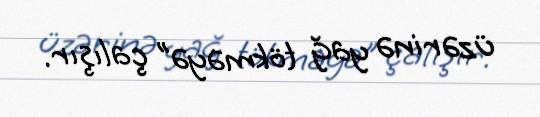
üzərinə yağ tökməyə” çalışır.